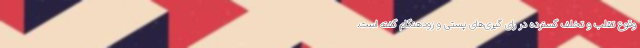
وقوع تقلب و تخلف گسترده در رای گیری‌های پستی و زودهنگام گفته است.